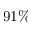
9 1 \%